Tezpur Lunatic Asylum reports 1895-1904 - 1895-1904
Year: 1895
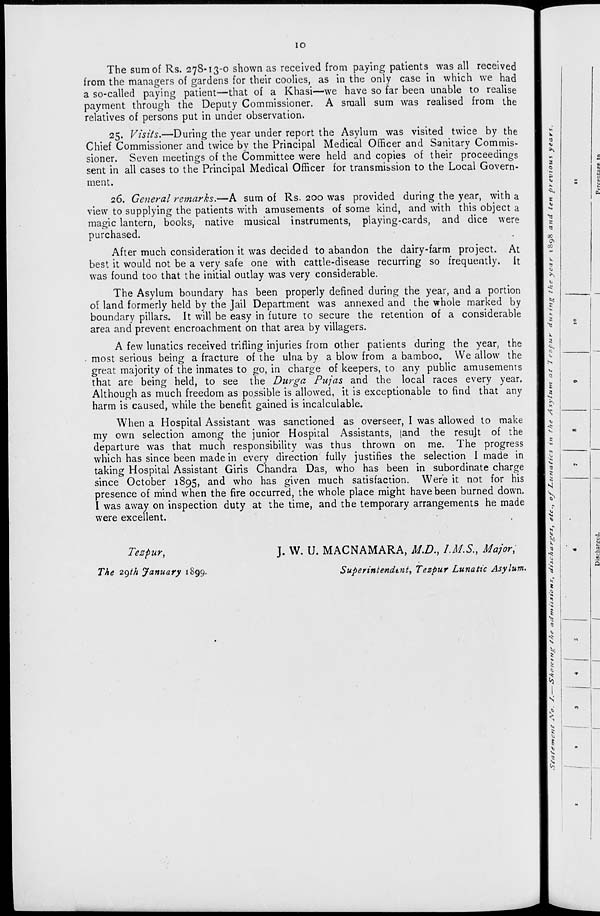
io
The sum of Rs. 278-13-0 shown as received from paying patients was all received
from the managers of gardens for their coolies, as in the only case in which we had
a so-called paying patient—that of a Khasi—we have so far been unable to realise
payment through the Deputy Commissioner. A small sum was realised from the
relatives of persons put in under observation.
25. Visits.—During the year under report the Asylum was visited twice by the
Chief Commissioner and twice by the Principal Medical Officer and Sanitary Commis-
sioner. Seven meetings of the Committee were held and copies of their proceedings
sent in all cases to the Principal Medical Officer for transmission to the Local Govern-
ment.
26. General remarks.—A sum of Rs. 200 was provided during the year, with a
view to supplying the patients with amusements of some kind, and with this object a
magic lantern, books, native musical instruments, playing-cards, and dice were
purchased.
After much consideration it was decided to abandon the dairy-farm project. At
best it would not be a very safe one with cattle-disease recurring so frequently, it
was found too that the initial outlay was very considerable.
The Asylum boundary has been properly defined during the year, and a portion
of land formerly held by the Jail Department was annexed and the whole marked by
boundary pillars. It will be easy in future to secure the retention of a considerable
area and prevent encroachment on that area by villagers.
A few lunatics received trifling injuries from other patients during the year, the
most serious being a fracture of the ulna by a blow from a bamboo. We allow the
great majority of the inmates to go, in charge of keepers, to any public amusements
that are being held, to see the Durga Pujas and the local races every year.
Although as much freedom as possible is allowed, it is exceptionable to find that any
harm is caused, while the benefit gained is incalculable.
When a Hospital Assistant was sanctioned as overseer, I was allowed to make
my own selection among the junior Hospital Assistants, (and the resujt of the
departure was that much responsibility was thus thrown on me. The progress
which has since been made in every direction fully justifies the selection I made in
taking Hospital Assistant Giris Chandra Das, who has been in subordinate charge
since October 1895, and who has given much satisfaction. Were it not for his
presence of mind when the fire occurred, the whole place might have been burned down.
I was away on inspection duty at the time, and the temporary arrangements he made
were excellent.
Tespur,
The 2gth January 1899.
J. W. U. MACNAMARA, M.D., I.M.S., Major,
Superintendent, Tezpur Lunatic Asylum.